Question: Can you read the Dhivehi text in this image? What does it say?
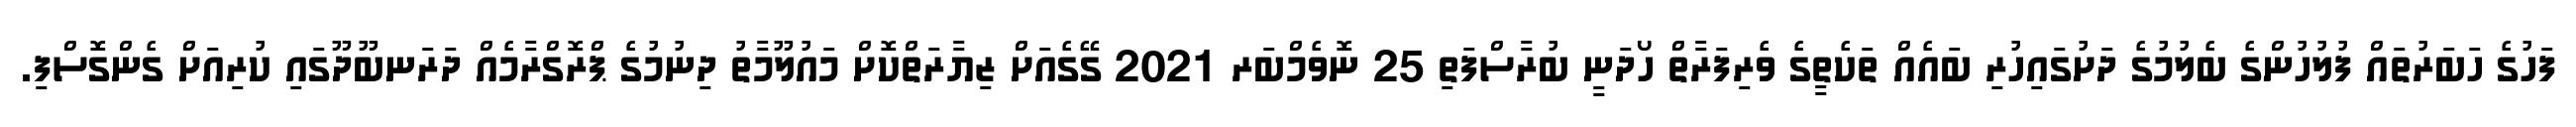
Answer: ފަހުގެ ހަބަރުތައް ފުލުހުންގެ ބެލުމުގެ ދަށުގައިހުރި ބައެއް ތަކެތީގެ ވެރިފަރާތް ހޯދަނީ ބުރާސްފަތި 25 ނޮވެމްބަރ 2021 ގޭގެއަށް ޒިޔާރަތްކޮށް މައުލޫމާތު ދިނުމުގެ ޕްރޮގްރާމެއް ދަރަނބޫދޫގައި ކުރިއަށް ގެންގޮސްފި.